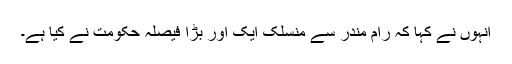
انہوں نے کہا کہ رام مندر سے منسلک ایک اور بڑا فیصلہ حکومت نے کیا ہے۔